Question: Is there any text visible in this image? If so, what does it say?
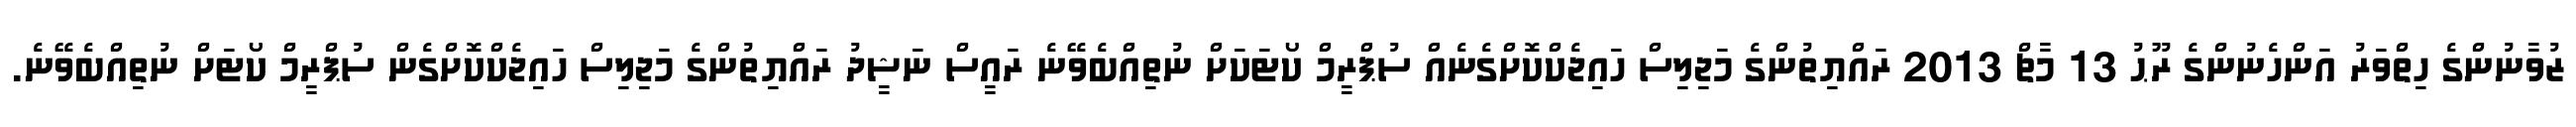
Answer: ޒުވާނުންގެ ހިތްވަރު އަންހެނުންގެ ރޫޙު 13 މާޗް 2013 ރައްޔިތުންގެ މަޖިލިސް ހައިޖެކްކޮށްގެނެއް ސުޕްރީމް ކޯޓަކަށް ނުތިއްބެވޭނެ ރައީސް ނަޝީދު ރައްޔިތުންގެ މަޖިލިސް ހައިޖެކްކޮށްގެން ސުޕްރީމް ކޯޓަށް ނުތިއްބެވޭނެ.